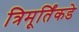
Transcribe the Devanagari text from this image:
त्रिमूर्तिंकडे